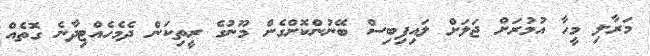
މަރާލި މީހާ އުމުރަށް ޖަލަށް ލައިފިބިސް ބޭނުންކޮށްގެން މޫނުގެ ރީތިކަން ދެމެހެއްޓިދާނެ ގޮތެއް